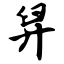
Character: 舁